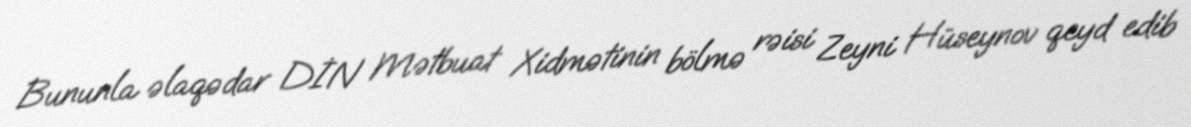
Bununla əlaqədar DİN Mətbuat Xidmətinin bölmə rəisi Zeyni Hüseynov qeyd edib